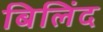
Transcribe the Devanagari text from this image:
बिलिंद